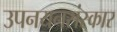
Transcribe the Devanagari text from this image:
उपनयनसंस्कार